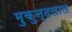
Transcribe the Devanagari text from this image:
मुकुन्दलाल